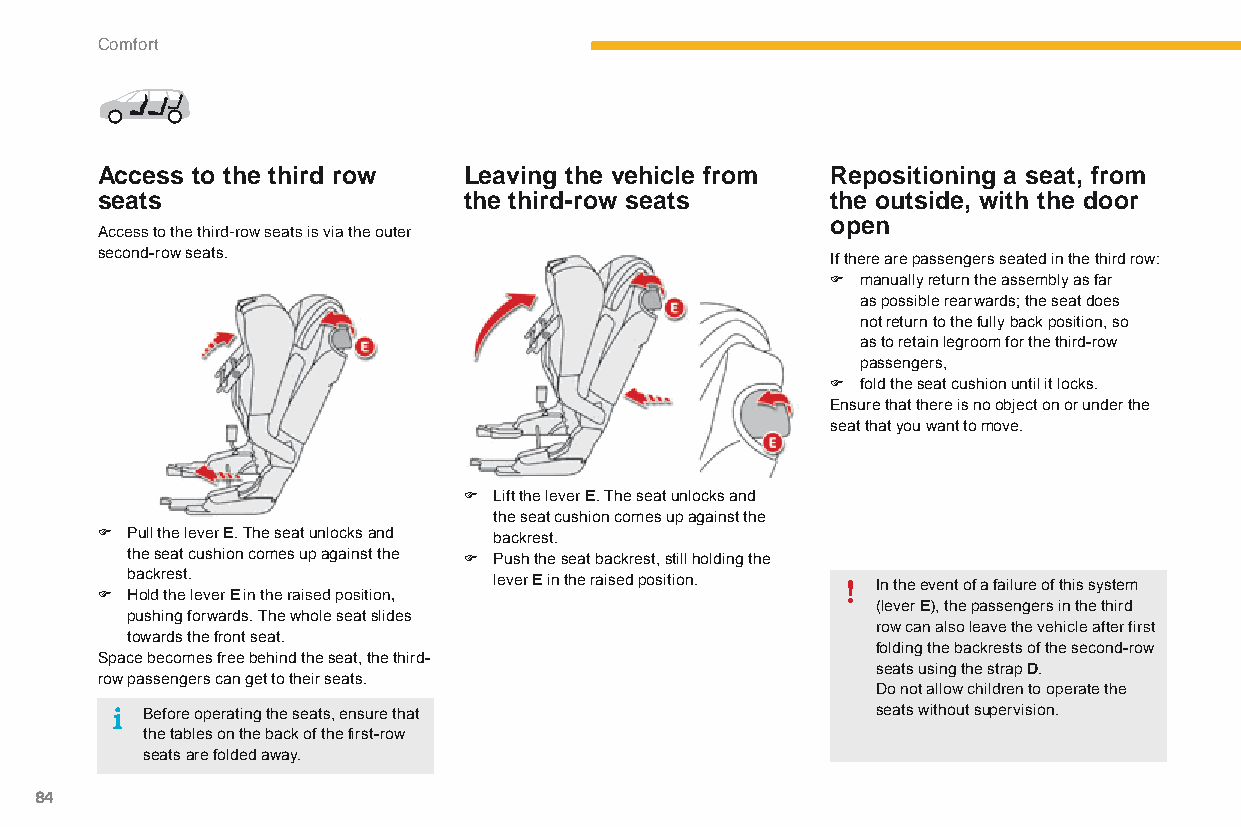
Comfort
 Access to the third row  Leaving the vehicle from Repositioning a seat, from
 seats                    the third-row seats     the outside, with the door
 open
 access to the third-row seats is via the outer
 second-row seats.                                If there are passengers seated in the third row:
 F manually return the assembly as far
 as possible rearwards; the seat does
 not return to the fully back position, so
 as to retain legroom for the third-row
 passengers,
 F fold the seat cushion until it locks.
 Ensure that there is no object on or under the
 seat that you want to move.
 F Lift the lever E. The seat unlocks and
 the seat cushion comes up against the
 F Pull the lever E. The seat unlocks and backrest.
 the seat cushion comes up against the F Push the seat backrest, still holding the
 backrest.                lever E in the raised position. In the event of a failure of this system
 F Hold the lever E in the raised position,
 (lever E), the passengers in the third
 pushing forwards. The whole seat slides
 row can also leave the vehicle after first
 towards the front seat.
 folding the backrests of the second-row
 Space becomes free behind the seat, the third-
 seats using the strap D.
 row passengers can get to their seats.
 do not allow children to operate the
 Before operating the seats, ensure that          seats without supervision.
 the tables on the back of the first-row
 seats are folded away.
 84
 C4-Picasso-II_en_Chap03_confort_ed01-2015